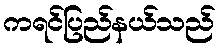
ကရင်ပြည်နယ်သည်